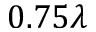
0 . 7 5 \lambda